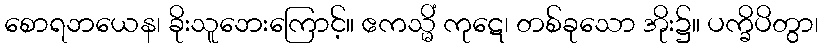
စောရဘယေန၊ ခိုးသူဘေးကြောင့်။ ဧကသ္မိံ ကုဋေ၊ တစ်ခုသော အိုး၌။ ပက္ခိပိတွာ၊